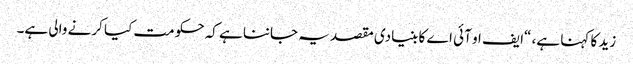
زید کا کہنا ہے، “ایف او آئی اے کا بنیادی مقصد یہ جاننا ہے کہ حکومت کیا کرنے والی ہے۔